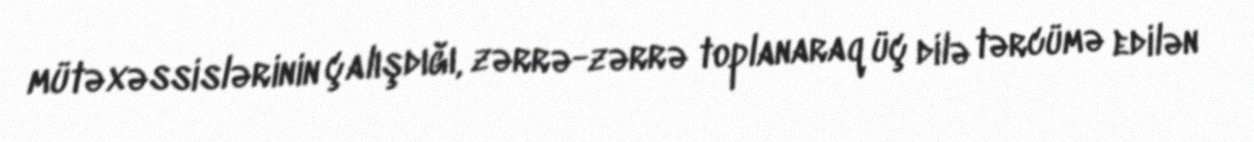
mütəxəssislərinin çalışdığı, zərrə-zərrə toplanaraq üç dilə tərcümə edilən